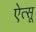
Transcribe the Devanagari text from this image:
ऐत्सू